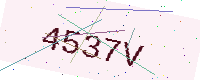
Text: 4537V